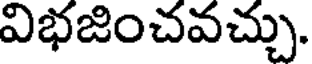
విభజించవచ్చు.